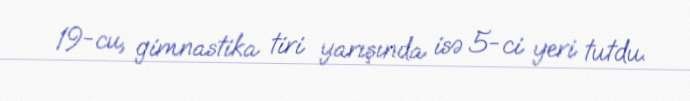
19-cu, gimnastika tiri yarışında isə 5-ci yeri tutdu.